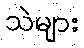
သဲများ